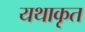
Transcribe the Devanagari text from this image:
यथाकृत